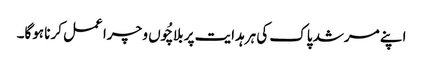
اپنے مرشد پاک کی ہرہدایت پر بلاچُوں و چرا عمل کرنا ہوگا۔